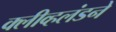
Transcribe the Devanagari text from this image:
क्लीव्हलंडने